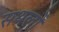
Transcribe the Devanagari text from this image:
सथलों